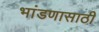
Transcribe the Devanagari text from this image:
भांडणासाठी